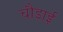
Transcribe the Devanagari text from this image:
चौ़ड़ाई